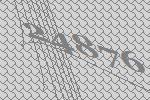
24876